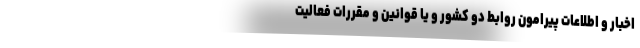
اخبار و اطلاعات پیرامون روابط دو‌ کشور و یا قوانین و‌ مقررات فعالیت